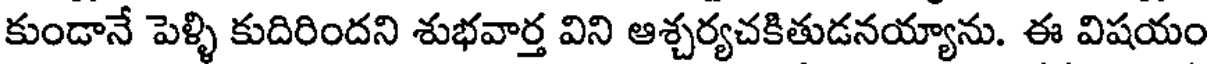
కుండానే పెళ్ళి కుదిరిందని శుభవార్త విని ఆశ్చర్యచకితుడనయ్యాను. ఈ విషయం